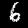
Digit: 6